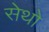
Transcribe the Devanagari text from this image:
सेथो